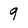
Character: 9